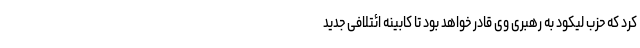
کرد که حزب لیکود به رهبری وی قادر خواهد بود تا کابینه ائتلافی جدید